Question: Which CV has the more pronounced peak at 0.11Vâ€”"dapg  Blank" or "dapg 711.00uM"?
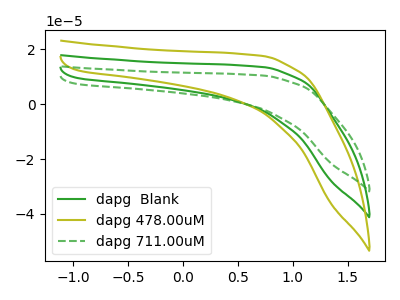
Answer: <think>The green curve "dapg  Blank" has no peaks. The olive curve "dapg 478.00uM" has no peaks. The green dashed curve "dapg 711.00uM" has no peaks.</think>
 <answer>"dapg  Blank" and "dapg 711.00uM" dont share a peak at 0.11V.</answer>
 <eval>mismatch</eval>